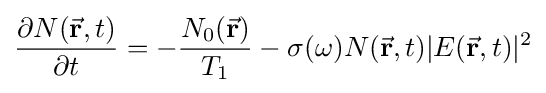
{\frac {\partial {{N}({\vec {\mathbf {r} }},t)}}{\partial t}}=-{\frac {{N_{0}}({\vec {\mathbf {r} }})}{T_{1}}}-\sigma (\omega )N({\vec {\mathbf {r} }},t)|E({\vec {\mathbf {r} }},t)|^{2}